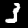
Digit: 3